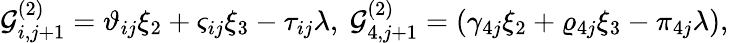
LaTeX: \mathcal{G}_{i,j+1}^{(2)}=\vartheta_{ij}\xi_{2}+\varsigma_{ij}\xi_{3}-\tau_{ij}\lambda,~\mathcal{G}_{4,j+1}^{(2)}=\left(\gamma_{4j}\xi_{2}+\varrho_{4j}\xi_{3}-\pi_{4j}\lambda\right),